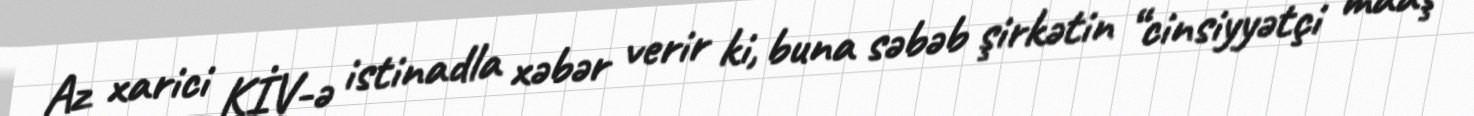
Az xarici KİV-ə istinadla xəbər verir ki, buna səbəb şirkətin “cinsiyyətçi maaş